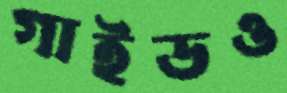
গাইডও